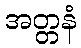
အတ္တနံ